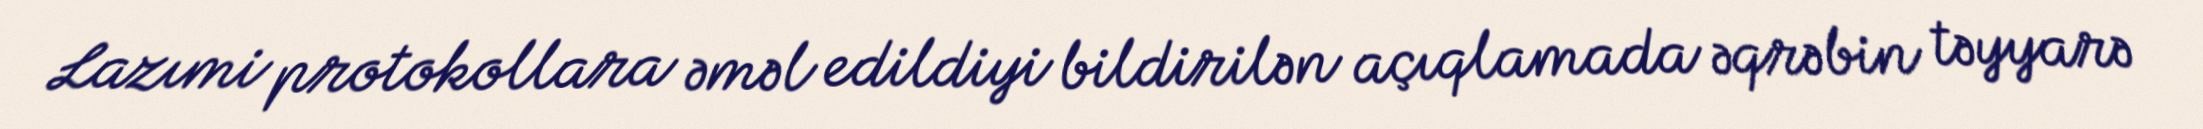
Lazımi protokollara əməl edildiyi bildirilən açıqlamada əqrəbin təyyarə